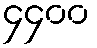
၄၄၀၀